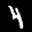
Label: 4